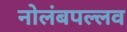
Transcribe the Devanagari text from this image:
नोलंबपल्लव